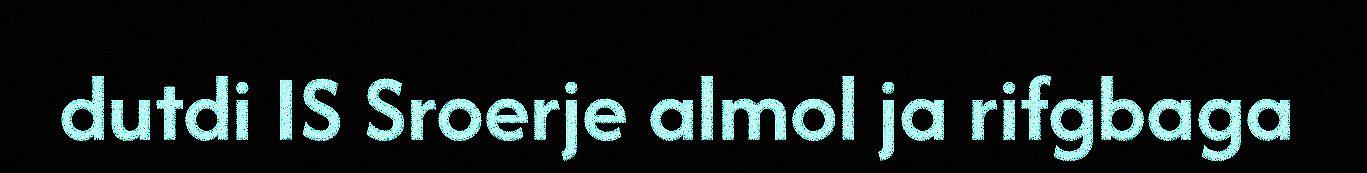
dutdi IS Sroerje almol ja rifgbaga